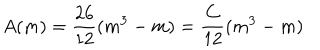
A ( m ) = \frac { 2 6 } { 1 2 } ( m ^ { 3 } - m ) = \frac { C } { 1 2 } ( m ^ { 3 } - m )